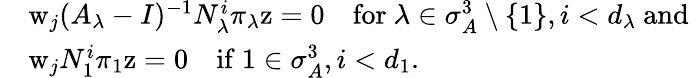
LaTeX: \begin{array}{rl}&{\mathrm{w}_{j}(A_{\lambda}-I)^{-1}N_{\lambda}^{i}\pi_{\lambda}\mathrm{z}=0\quad\mathrm{for~}\lambda\in\sigma_{A}^{3}\setminus\{ 1\} ,i<d_{\lambda}\mathrm{~and~}}\\ &{\mathrm{w}_{j}N_{1}^{i}\pi_{1}\mathrm{z}=0\quad\mathrm{if~}1\in\sigma_{A}^{3},i<d_{1}.}\end{array}